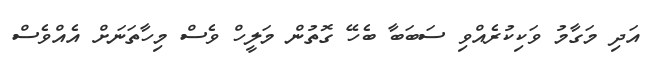
އަދި މަގާމު ވަކިކުރެއްވި ސަބަބާ ބެހޭ ގޮތުން މަލީހް ވެސް މިހާތަނަށް އެއްވެސް